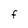
Character: F